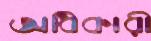
অধিকারী